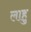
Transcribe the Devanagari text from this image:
लाहु